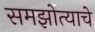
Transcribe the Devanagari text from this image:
समझोत्याचे